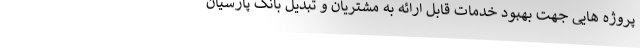
پروژه هایی جهت بهبود خدمات قابل ارائه به مشتریان و تبدیل بانک پارسیان